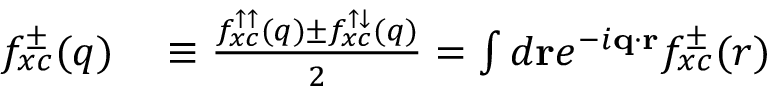
\begin{array} { r l } { f _ { x c } ^ { \pm } ( q ) } & { { } \equiv \frac { f _ { x c } ^ { \uparrow \uparrow } ( q ) \pm f _ { x c } ^ { \uparrow \downarrow } ( q ) } { 2 } = \int d \mathbf { r } e ^ { - i \mathbf { q } \cdot \mathbf { r } } f _ { x c } ^ { \pm } ( r ) } \end{array}